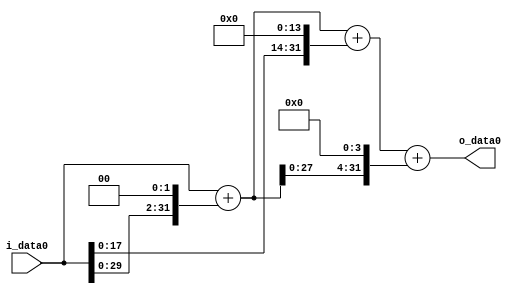
module multiplier_block (
    i_data0,
    o_data0
);

  // Port mode declarations:
  input   [31:0] i_data0;
  output  [31:0]
    o_data0;

  //Multipliers:

  wire [31:0]
    w1,
    w4,
    w5,
    w16384,
    w16389,
    w80,
    w16469;

  assign w1 = i_data0;
  assign w16384 = w1 << 14;
  assign w16389 = w5 + w16384;
  assign w16469 = w16389 + w80;
  assign w4 = w1 << 2;
  assign w5 = w1 + w4;
  assign w80 = w5 << 4;

  assign o_data0 = w16469;

  //multiplier_block area estimate = 5189.18412875588;
endmodule